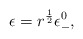
\begin{align*}\epsilon =r^{\frac{1}{2}}\epsilon _{-}^{0},\end{align*}